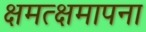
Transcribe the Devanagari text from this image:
क्षमत्क्षमापना